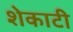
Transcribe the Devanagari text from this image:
शेकाटी